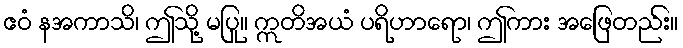
ဧဝံ နအကာသိ၊ ဤသို့ မပြု။ ဣတိအယံ ပရိဟာရော၊ ဤကား အဖြေတည်း။